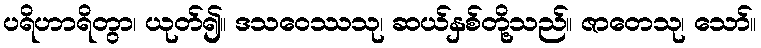
ပရိဟာရိတွာ၊ ယုတ်၍။ ဒသဝေဿသု၊ ဆယ်နှစ်တို့သည်။ ဇာတေသု၊ သော်။